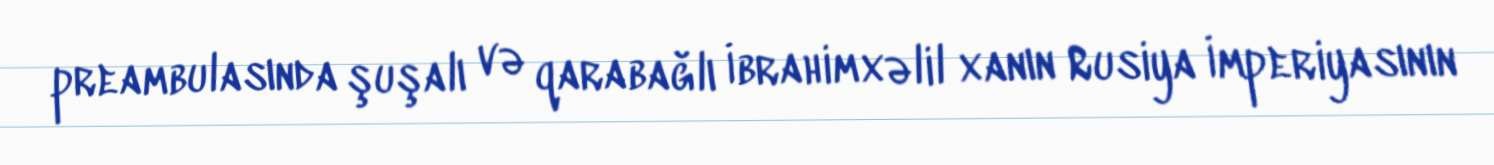
preambulasında şuşalı və qarabağlı İbrahimxəlil xanın Rusiya İmperiyasının